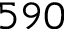
5 9 0